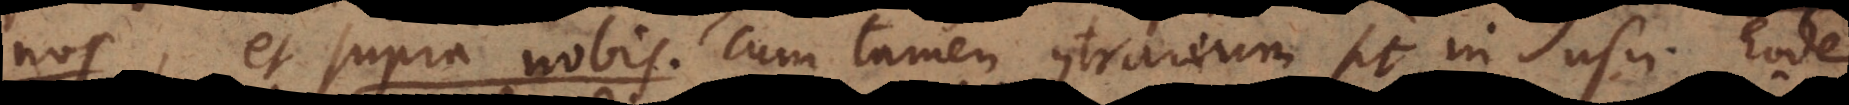
nos, et supra nobis. Cum tamen contrarium sit in usu. Eo